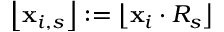
\left\lfloor \mathbf { x } _ { i , s } \right\rfloor : = \left\lfloor \mathbf { x } _ { i } \cdot R _ { s } \right\rfloor